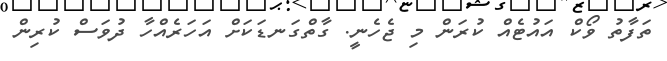
ތަފާތު ވޯކް އައުޓެއް ކުރަން މި ޖެހެނީ. ގާތްގަނޑަކަށް އަހަރެއްހާ ދުވަސް ކުރިން